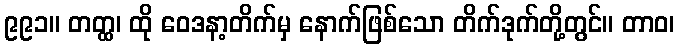
၉၉၁။ တတ္ထ၊ ထို ဝေဒနာ့တိက်မှ နောက်ဖြစ်သော တိက်ဒုက်တို့တွင်။ တာဝ၊